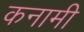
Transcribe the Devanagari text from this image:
कनामी